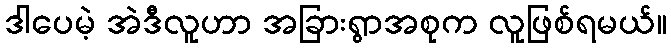
ဒါပေမဲ့ အဲဒီလူဟာ အခြားရွာအစုက လူဖြစ်ရမယ်။